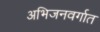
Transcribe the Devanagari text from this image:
अभिजनवर्गात